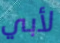
لأبي